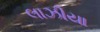
લાઝીયા